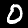
Label: 0